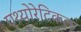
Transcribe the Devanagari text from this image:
एथ्योरेटिकल